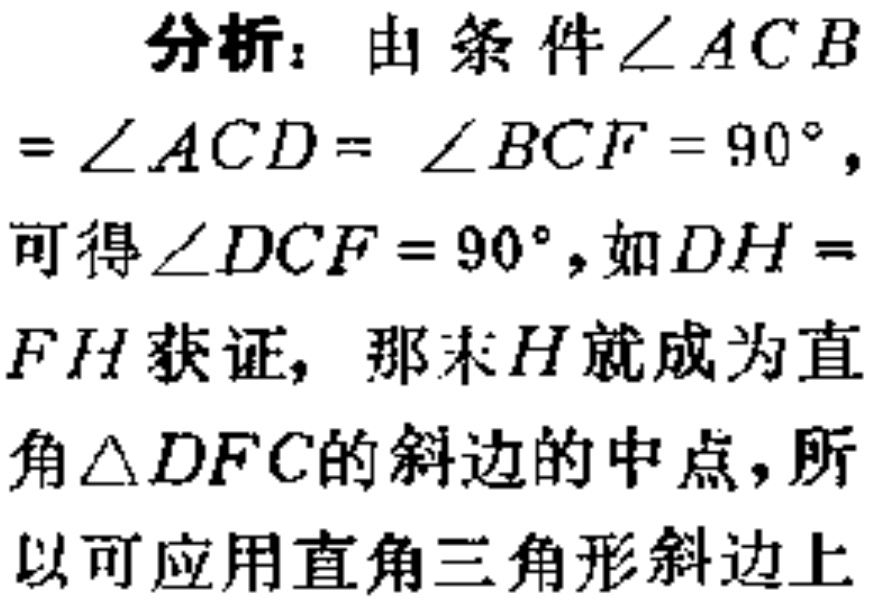
分析：由条件$\angle ACB$
$= \angle ACD = \angle BCF = 90^{\circ}$，
可得$\angle DCF = 90^{\circ}$，如$DH =$
$FH$获证，那末$H$就成为直
角$\triangle DFC$的斜边的中点，所
以可应用直角三角形斜边上